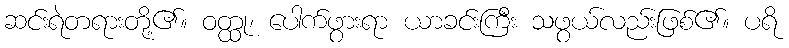
ဆင်းရဲတရားတို့၏။ ဝတ္ထု၊ ပေါက်ဖွားရာ ယာခင်းကြီး သဖွယ်လည်းဖြစ်၏။ ပရိ